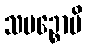
သမဉ္စောပိ